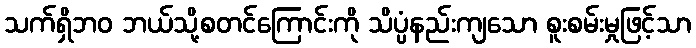
သက်ရှိဘဝ ဘယ်သို့စတင်ကြောင်းကို သိပ္ပံနည်းကျသော စူးစမ်းမှုဖြင့်သာ